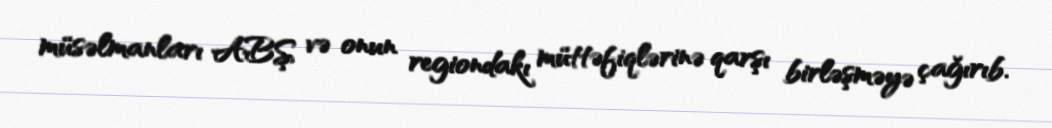
müsəlmanları ABŞ və onun regiondakı müttəfiqlərinə qarşı birləşməyə çağırıb.